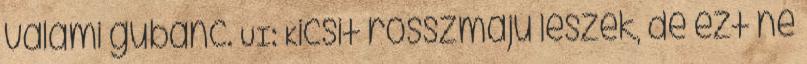
valami gubanc. UI: Kicsit rosszmájú leszek, de ezt ne